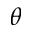
\theta